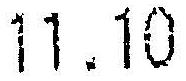
11.10